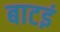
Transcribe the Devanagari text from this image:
बाटइं